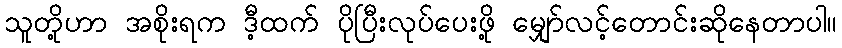
သူတို့ဟာ အစိုးရက ဒီ့ထက် ပိုပြီးလုပ်ပေးဖို့ မျှော်လင့်တောင်းဆိုနေတာပါ။